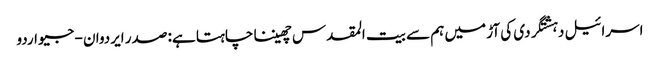
اسرائیل دہشتگردی کی آڑ میں ہم سے بیت المقدس چھیننا چاہتا ہے: صدر ایردوان - جیو اردو